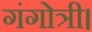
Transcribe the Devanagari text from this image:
गंगोत्री।